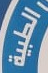
الطبية